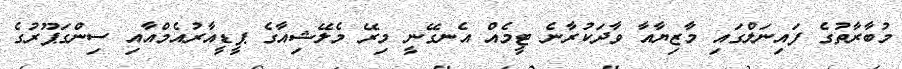
މުބާރާތުގެ ފައިނަލްގައި މާޒިޔާއާ ވާދަކުރާނެ ޓީމެއް އެނގޭނީ މިރޭ މެލޭޝިއާގެ ޕީޑީއާރުއެމްއާއި ސިންގަޕޫރުގެ